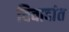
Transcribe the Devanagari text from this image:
विवादांत